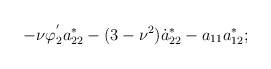
\begin{align*}-\nu\varphi_{2}^{'}a_{22}^{*} - (3 - \nu^{2})\dot{a}_{22}^{*} -a_{11}a_{12}^{*} ;\end{align*}